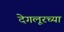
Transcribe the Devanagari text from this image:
देगलूरच्या